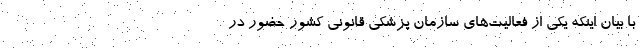
با بیان اینکه یکی از فعالیت‌های سازمان پزشکی قانونی کشور حضور در